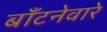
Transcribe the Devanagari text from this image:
बाँटनेवारे